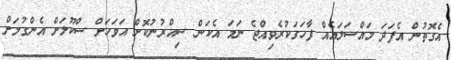
އެގޮތުން އެފަދަ މައްސަލައެއް ފާހަގަކުރެވިއްޖެ ނަމަ އެކަން ސިއްރުނުކޮށް އަވަހަށް ސްކޫލަށް އެންގުމަށް